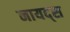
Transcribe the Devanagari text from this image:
नायद्स